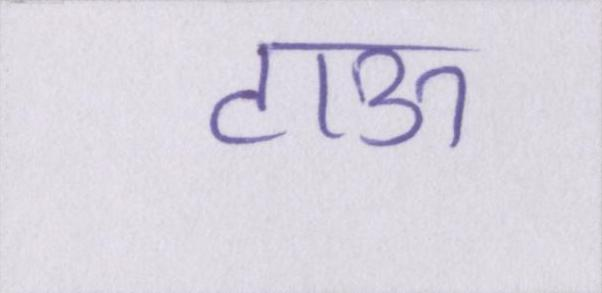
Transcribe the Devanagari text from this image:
टाऊ